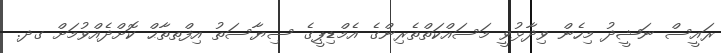
ރައީސް ނަޝީދު މިހެން ވިދާޅުވީ މަސައްކަތްތެރިންގެ އެމްޑިޕީގެ ސިޔާސަތު އިފްތތާޙް ކޮށްދެއްވުމަށް ގދ.